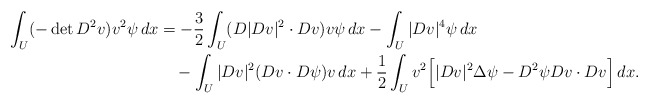
\begin{align*} \int_U(-\det D^2v)v^2\psi\,dx &= - \frac32 \int_U (D|Dv|^2\cdot Dv) v \psi\,dx-\int_U |Dv|^4\psi \,dx\\&\quad-\int_U |Dv|^2 (Dv\cdot D\psi) v \,dx+\frac12\int_Uv^2\Big[ |Dv|^2\Delta\psi -D^2\psi Dv\cdot Dv\Big] \,dx.\end{align*}